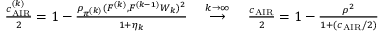
\begin{array} { r } { \frac { c _ { \mathrm { A I R } } ^ { ( k ) } } { 2 } = 1 - \frac { \rho _ { \pi ^ { ( k ) } } ( F ^ { ( k ) } , F ^ { ( k - 1 ) } W _ { k } ) ^ { 2 } } { 1 + \eta _ { k } } \quad \overset { k \to \infty } { \longrightarrow } \quad \frac { c _ { \mathrm { A I R } } } { 2 } = 1 - \frac { \rho ^ { 2 } } { 1 + ( c _ { \mathrm { A I R } } / 2 ) } } \end{array}